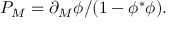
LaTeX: { P _ { M } = \partial _ { M } \phi / ( 1 - \phi ^ { \ast } \phi ) . }